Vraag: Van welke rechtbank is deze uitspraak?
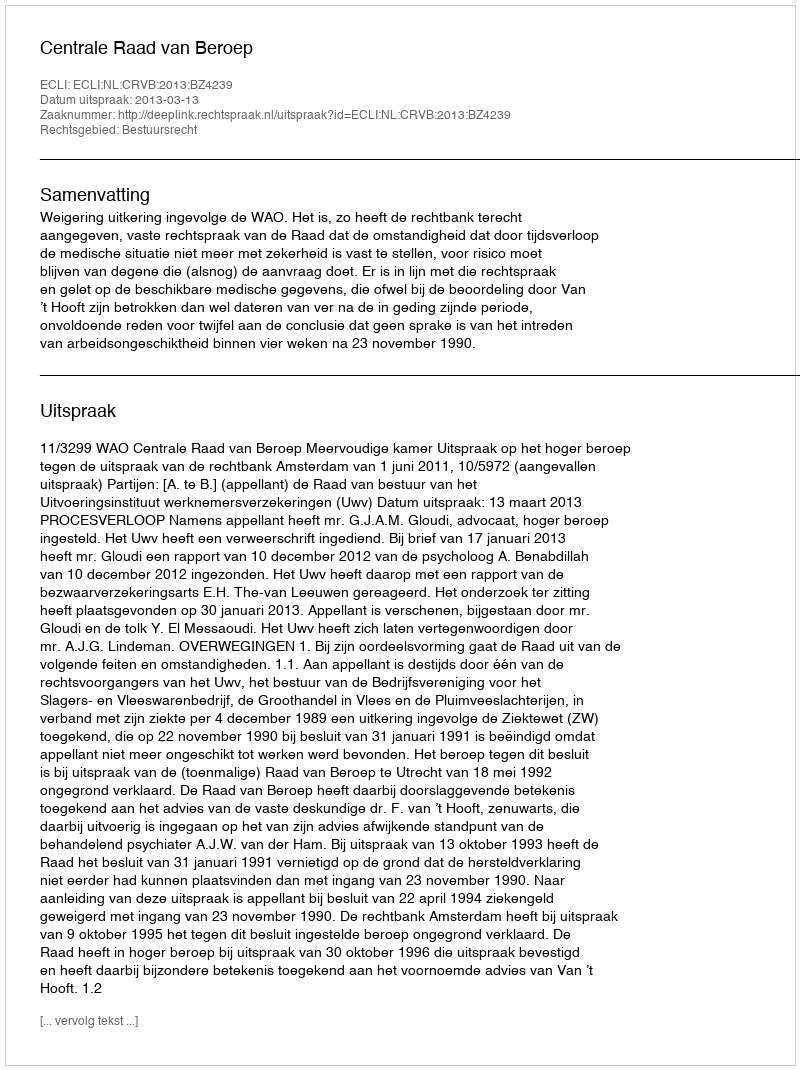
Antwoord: Centrale Raad van Beroep